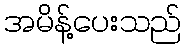
အမိန့်ပေးသည်